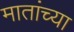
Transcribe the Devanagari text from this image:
मातांच्या